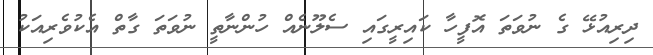
ދިރިއުޅޭ ގެ ނުވަތަ އޮފީހާ ކައިރީގައި ސެލޫނެއް ހުންނާތީ ނުވަތަ ގާތް އެކުވެރިއަކު